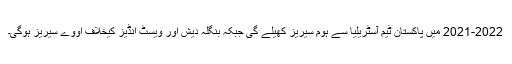
2021-2022 میں پاکستان ٹیم آسٹریلیا سے ہوم سیریز کھیلے گی جبکہ بنگلہ دیش اور ویسٹ انڈیز کیخلاف اووے سیریز ہوگی۔